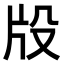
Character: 𤖬